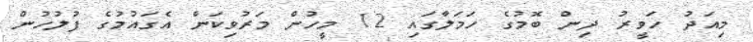
މިއަދު ހަވީރު ދިން ބޮމުގެ ހަމަލާގައި 12 މީހުން މަރުވިކަން އެގައުމުގެ ފުލުހުން